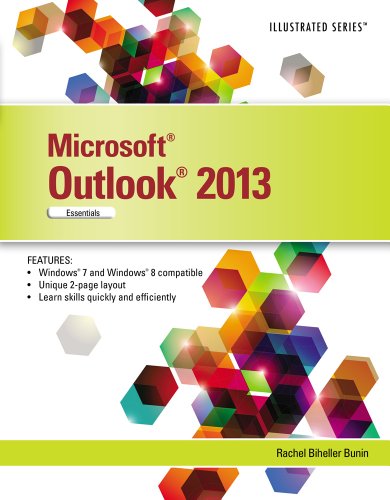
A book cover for Microsoft Office Outlook 2013: Illustrated Essentials; Rachel Biheller Bunin; Computers & Technology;